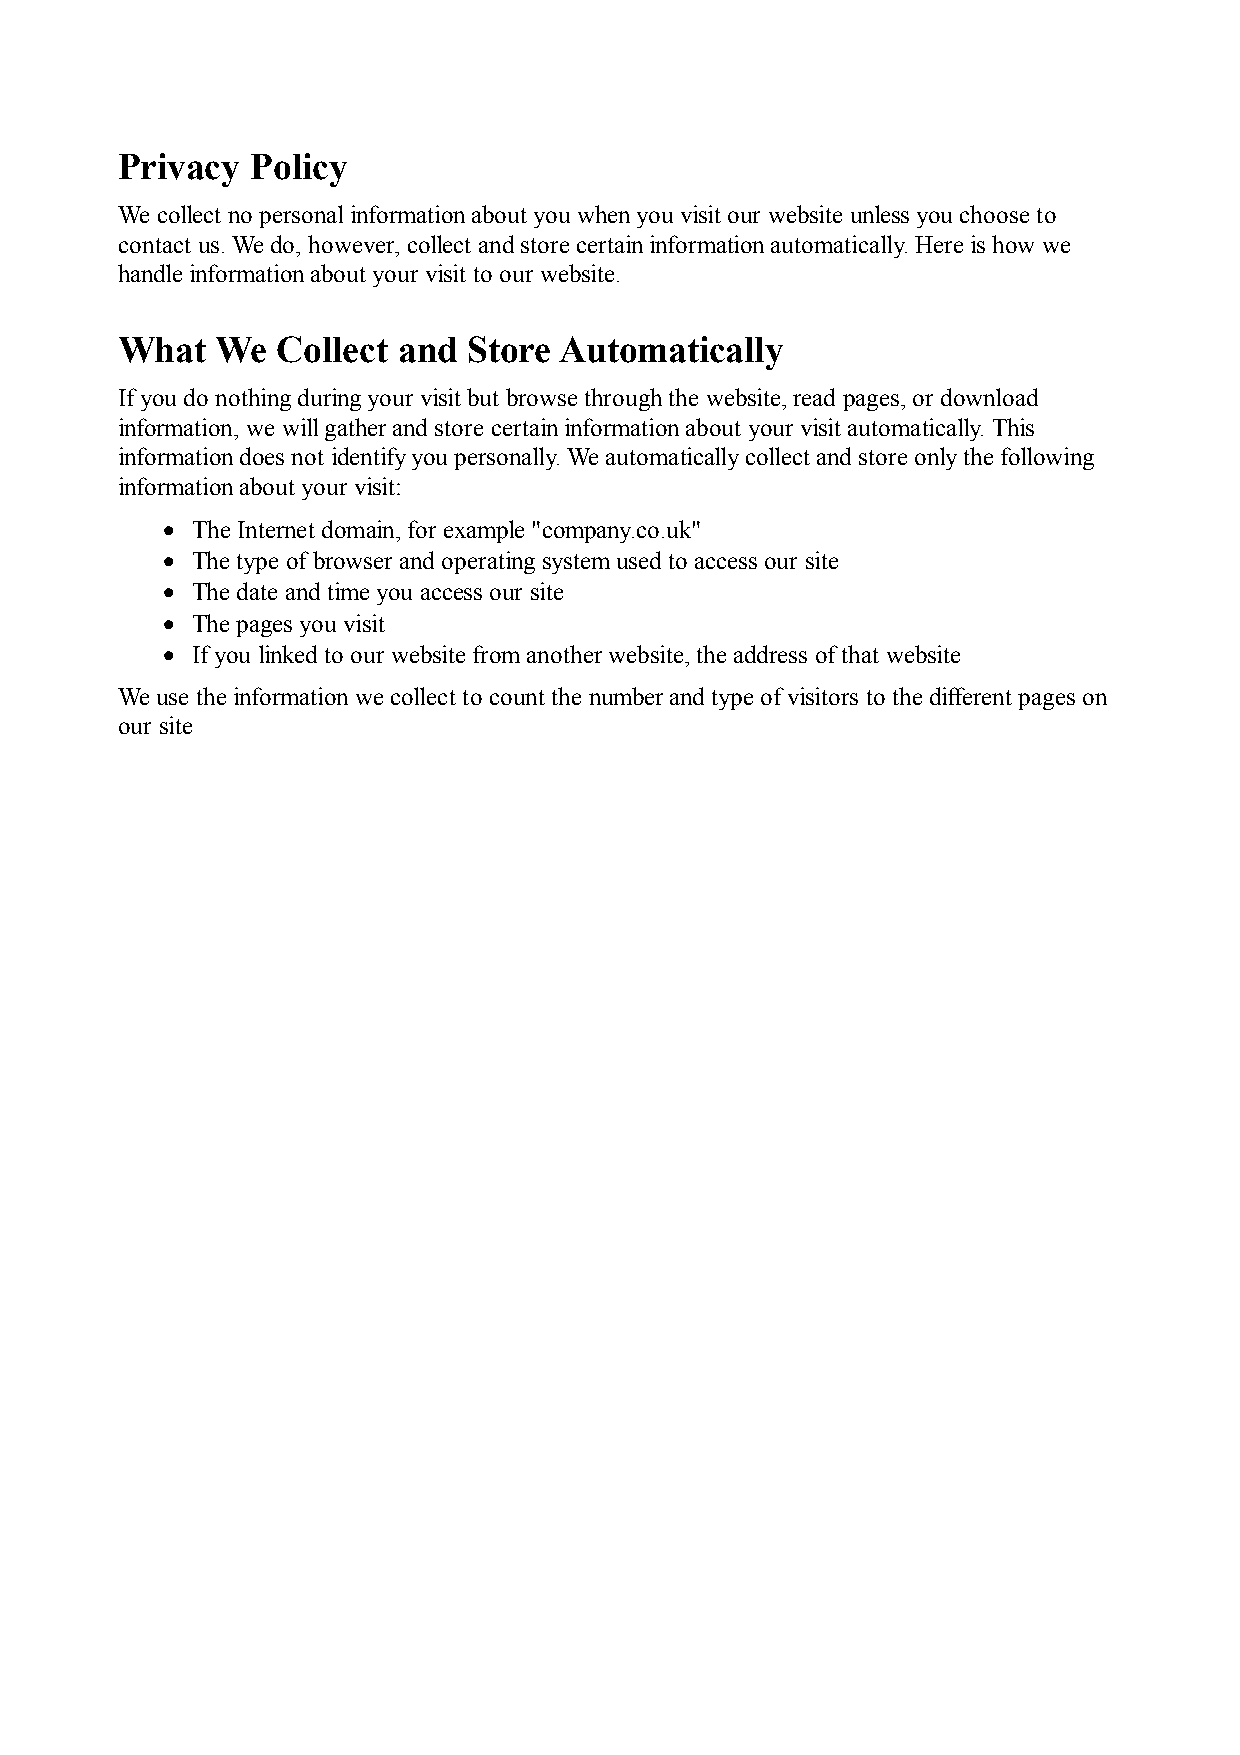
Privacy  Policy
 We collect no personal information about you when you visit our website unless you choose to
 contact us. We do, however, collect and store certain information automatically. Here is how we
 handle information about your visit to our website.
 What  We  Collect and  Store Automatically
 If you do nothing during your visit but browse through the website, read pages, or download
 information, we will gather and store certain information about your visit automatically. This
 information does not identify you personally. We automatically collect and store only the following
 information about your visit:
 • The Internet domain, for example "company.co.uk"
 • The type of browser and operating system used to access our site
 • The date and time you access our site
 • The pages you visit
 • If you linked to our website from another website, the address of that website
 We use the information we collect to count the number and type of visitors to the different pages on
 our site